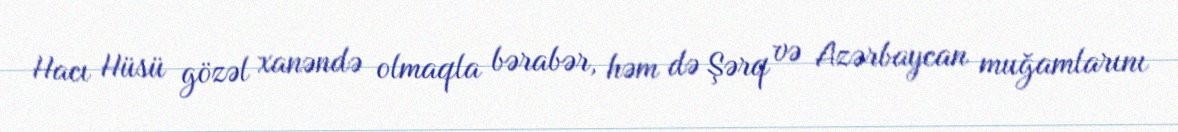
Hacı Hüsü gözəl xanəndə olmaqla bərabər, həm də Şərq və Azərbaycan muğamlarını